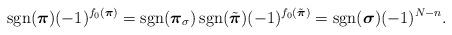
LaTeX: \begin{align*} \mathop{\mathrm{sgn}}(\boldsymbol{\pi})(-1)^{f_0(\boldsymbol{\pi})}=\mathop{\mathrm{sgn}}(\boldsymbol{\pi}_\sigma)\mathop{\mathrm{sgn}}(\tilde{\boldsymbol{\pi}})(-1)^{f_0(\tilde{\boldsymbol{\pi}})}=\mathop{\mathrm{sgn}}(\boldsymbol{\sigma})(-1)^{N-n}.\end{align*}